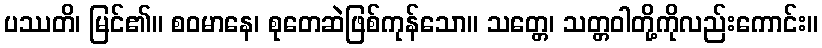
ပဿတိ၊ မြင်၏။ စဝမာနေ၊ စုတေဆဲဖြစ်ကုန်သော။ သတ္တေ၊ သတ္တဝါတို့ကိုလည်းကောင်း။